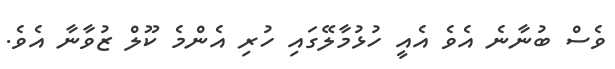
ވެސް ބުނާނެ އެވެ އެއީ ހުޅުމާލޭގައި ހުރި އެންމެ ކޫލް ޒުވާނާ އެވެ.